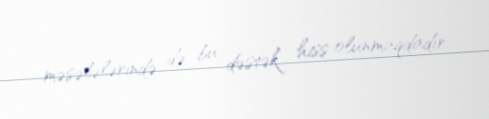
məsələlərində də bu dəstək hiss olunmaqdadır.